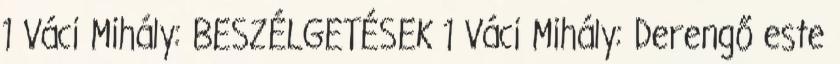
1 Váci Mihály: BESZÉLGETÉSEK 1 Váci Mihály: Derengő este